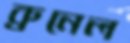
ব্রুনেল